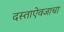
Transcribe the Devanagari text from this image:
दस्ताऐवजाचा